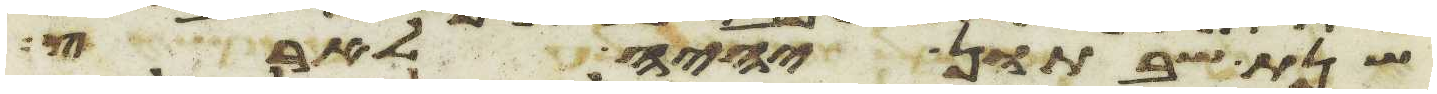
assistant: שנת שבתון יהיה לארץ